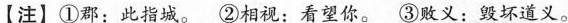
【注】①郡：此指城。②相视：看望你。③败义：毁坏道义。